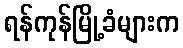
ရန်ကုန်မြို့ခံများက